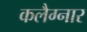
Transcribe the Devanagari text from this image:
कलैग्नार